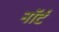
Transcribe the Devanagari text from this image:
नॉर्ट